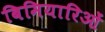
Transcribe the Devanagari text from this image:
बिमियारिओं